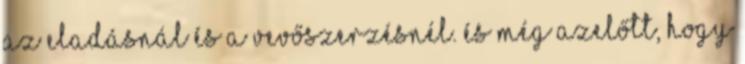
az eladásnál és a vevőszerzésnél. És még azelőtt, hogy